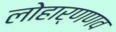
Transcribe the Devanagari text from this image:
लोहार्णणव